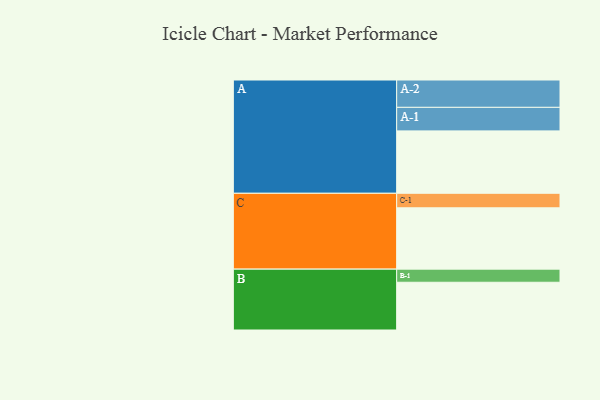
{"axis": {"x": "Segment", "y": "Value"}, "legend": ["", "A", "B", "C"], "data": [{"x": "A", "y": 575, "type": ""}, {"x": "B", "y": 440, "type": ""}, {"x": "C", "y": 565, "type": ""}, {"x": "A-1", "y": 217, "type": "A"}, {"x": "A-2", "y": 252, "type": "A"}, {"x": "B-1", "y": 121, "type": "B"}, {"x": "C-1", "y": 134, "type": "C"}]}